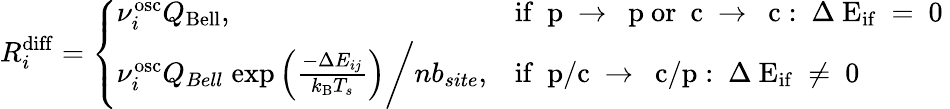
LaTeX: R_{i}^{\mathrm{{diff}}}=\left\{ \begin{array}{ll}{\nu_{i}^{\mathrm{osc}}Q_{\mathrm{{Bell}}},}&{\mathrm{if~{\mathbf~p}~\rightarrow~{\mathbf~p}~or~{\mathbf~c}~\rightarrow~{\mathbf~c}:~\Delta~E_{if}~=~0~}}\\ {\nu_{i}^{\mathrm{osc}}Q_{Bell}\; \mathrm{exp}\left(\frac{-\Delta E_{ij}}{k_{\mathrm{{B}}}T_{s}}\right)\bigg/nb_{site},}&{\mathrm{if~{\mathbf~p/c}~\rightarrow~{\mathbf~c/p}:~\Delta~E_{if}~\ne~0~}}\end{array}\right.